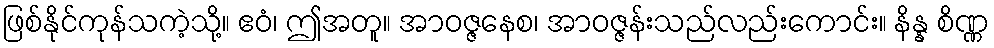
ဖြစ်နိုင်ကုန်သကဲ့သို့။ ဧဝံ၊ ဤအတူ။ အာဝဇ္ဇနေစ၊ အာဝဇ္ဇန်းသည်လည်းကောင်း။ နိန္န စိဏ္ဏ